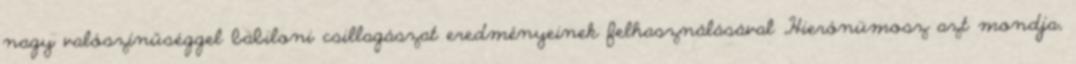
nagy valószínűséggel babiloni csillagászat eredményeinek felhasználásával „Hierónümosz azt mondja,